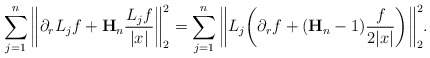
\begin{align*}\sum_{j=1}^n \bigg\| \partial_r L_jf + \mathbf{H}_n\frac{L_jf}{|x|} \bigg\|_{2}^2 = \sum_{j=1}^n \bigg\| L_j \bigg(\partial_r f + (\mathbf{H}_n - 1) \frac{f}{2|x|} \bigg)\bigg\|_{2}^2.\end{align*}